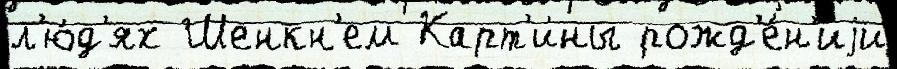
л'ю́д'ях Шенкн'ем Карт'и́ны рожд'е́н'иjи